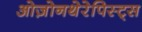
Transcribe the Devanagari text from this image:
ओज़ोनथेरेपिस्ट्स